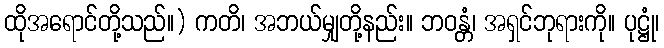
ထိုအရောင်တို့သည်။) ကတိ၊ အဘယ်မျှတို့နည်း။ ဘဝန္တံ၊ အရှင်ဘုရားကို။ ပုဋ္ဌုံ၊